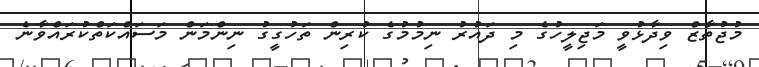
މުޖުތާޒް ވިދާޅުވީ މަޖިލީހުގެ މި ދައުރު ނިމުމުގެ ކުރިން ތަހުގީގު ނިންމަން މަސައްކަތްކުރައްވާނެ